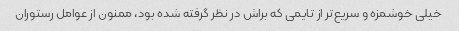
خیلی خوشمزه و سریع‌تر از تایمی که براش در نظر گرفته شده بود، ممنون از عوامل رستوران